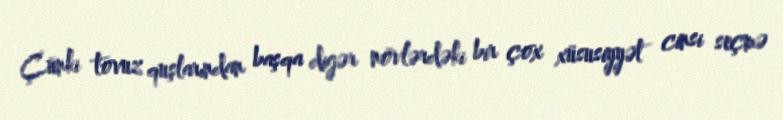
Çünki tovuz quşlarından başqa digər növlərdəki bir çox xüsusiyyət cinsi seçmə